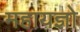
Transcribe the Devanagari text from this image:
महायज्ञो